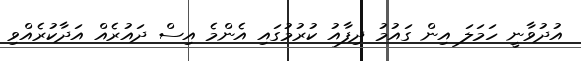
އުދުވާނީ ހަމަލަ އިން ގައުމު ދިފާއު ކުރުމުގައި އެންމެ އިސް ދައުރެއް އަދާކުރެއްވި